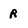
Character: R